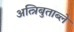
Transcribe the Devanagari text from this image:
अत्त्रिबुताब्ले